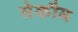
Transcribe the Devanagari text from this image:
सेकौब